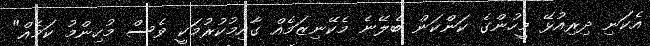
އެކަނި ދިރިއުޅޭ މީހުންގެ ކަންކަން ބެލޭނެ މެކޭނިޒަމެއް ގާއިމުކުރުމަކީ ވެސް މުހިންމު ކަމެއް"